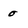
Character: 0